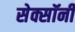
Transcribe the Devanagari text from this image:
सेक्सॉनी